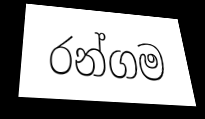
රන්ගම